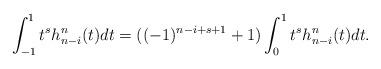
LaTeX: \begin{align*}\int_{-1}^1 t^s h^n_{n-i}(t) dt=((-1)^{n-i+s+1}+1)\int_{0}^1 t^s h^n_{n-i}(t) dt.\end{align*}